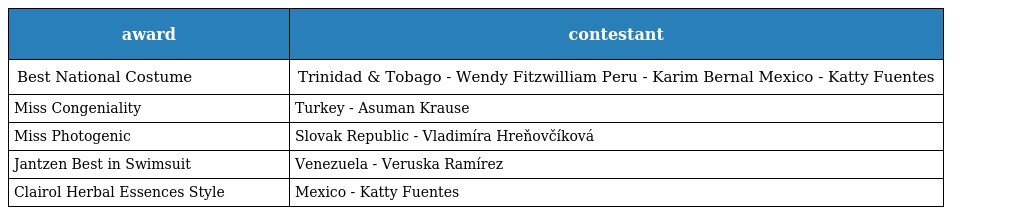
| award | contestant |
 | --- | --- |
 | Best National Costume | Trinidad & Tobago - Wendy Fitzwilliam Peru - Karim Bernal Mexico - Katty Fuentes |
 | Miss Congeniality | Turkey - Asuman Krause |
 | Miss Photogenic | Slovak Republic - Vladimíra Hreňovčíková |
 | Jantzen Best in Swimsuit | Venezuela - Veruska Ramírez |
 | Clairol Herbal Essences Style | Mexico - Katty Fuentes |